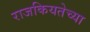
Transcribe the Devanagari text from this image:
राजकियतेच्या